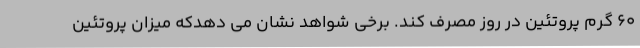
60 گرم پروتئین در روز مصرف کند. برخی شواهد نشان می دهدکه میزان پروتئین